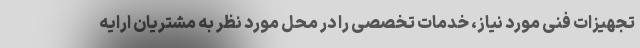
تجهیزات فنی مورد نیاز، خدمات تخصصی را در محل مورد نظر به مشتریان ارایه